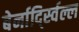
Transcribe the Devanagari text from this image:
बेर्नार्द्स्विल्ल